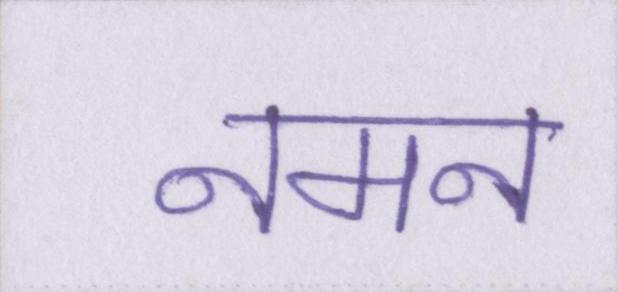
नमन